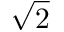
\sqrt { 2 }